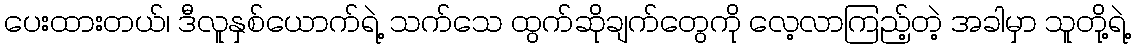
ပေးထားတယ်၊ ဒီလူနှစ်ယောက်ရဲ့ သက်သေ ထွက်ဆိုချက်တွေကို လေ့လာကြည့်တဲ့ အခါမှာ သူတို့ရဲ့